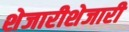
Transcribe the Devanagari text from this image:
शेजारीशेजारी